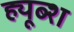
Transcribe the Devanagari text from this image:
ह्यूब्श